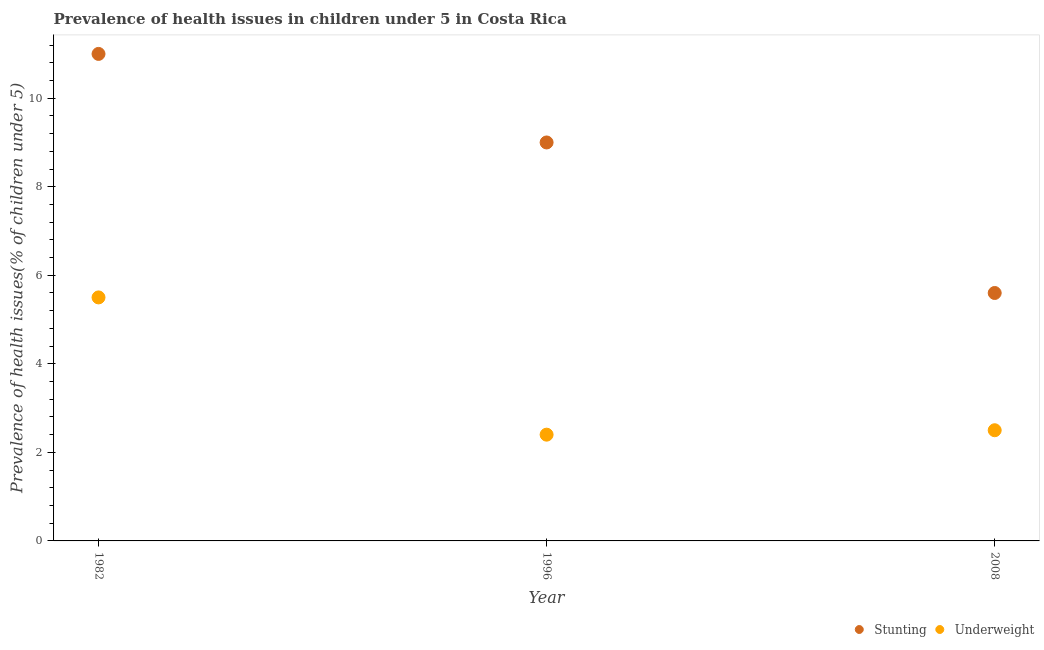
| Year | Stunting | Underweight |
 | --- | --- | --- |
 | 1982 | 11 | 5.5 |
 | 1996 | 9 | 2.4 |
 | 2008 | 5.6 | 2.5 |